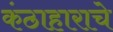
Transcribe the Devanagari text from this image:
कंठाहाराचे